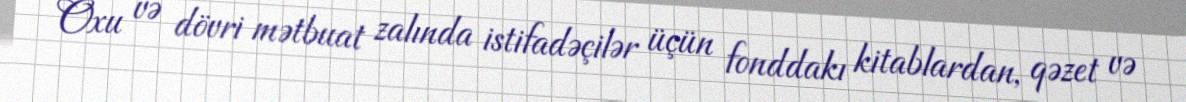
Oxu və dövri mətbuat zalında istifadəçilər üçün fonddakı kitablardan, qəzet və